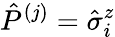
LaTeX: \hat{P}^{(j)}=\hat{\sigma}_{i}^{z}